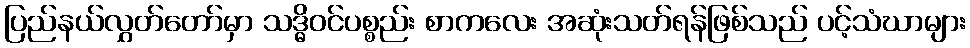
ပြည်နယ်လွှတ်တော်မှာ သဒ္ဓိဝင်ပစ္စည်း စာကလေး အဆုံးသတ်ရန်ဖြစ်သည် ပင့်သံဃာများ